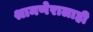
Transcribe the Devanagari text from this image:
श्रामणेरालाही